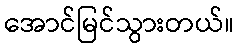
အောင်မြင်သွားတယ်။